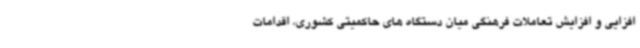
افزایی و افزایش تعاملات فرهنگی میان دستگاه های حاکمیتی کشوری، اقدامات